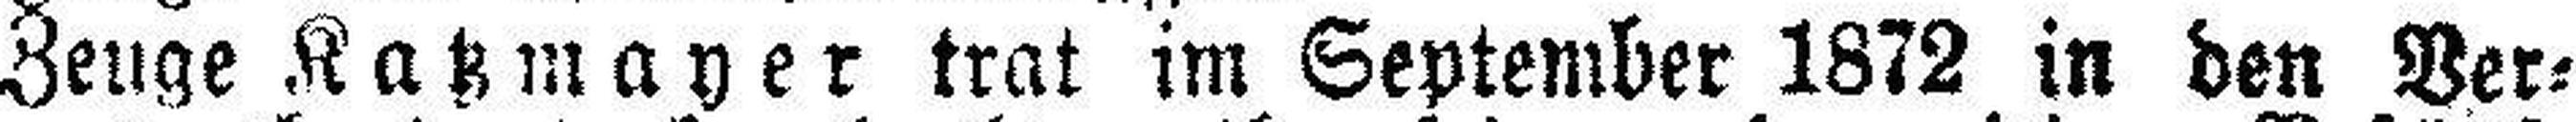
Zeuge Katzmayer trat im September 1872 in den Ver¬